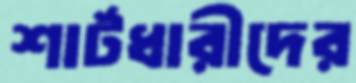
শার্টধারীদের